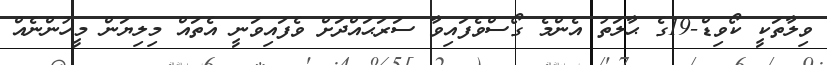
ވިލާތަކީ ކޯވިޑް-19ގެ ޙާލަތު އެންމެ ގޯސްވެފައިވާ ސަރަޙައްދަށް ވެފައިވަނީ އެތައް މިލިޔަން މީހުންނެއް